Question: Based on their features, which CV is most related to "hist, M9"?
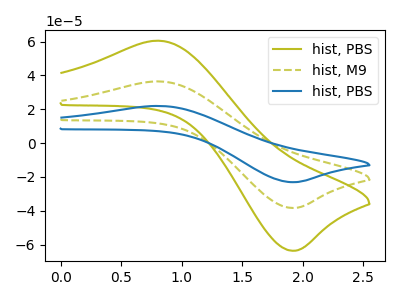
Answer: <think>The olive curve "hist, PBS" has an anodic peak at (0.80V, 60.50uA) and a cathodic peak at (1.90V, -63.55uA). The olive dashed curve "hist, M9" has an anodic peak at (0.80V, 36.45uA) and a cathodic peak at (1.90V, -38.30uA). The blue curve "hist, PBS" has an anodic peak at (0.80V, 72.90uA) and a cathodic peak at (1.90V, -76.60uA).
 All the peaks in "hist, PBS" have a peak in "hist, M9" at the same potential. Every peak in "hist, PBS" is higher than every peak in "hist, M9". All the peaks in "hist, PBS" have a peak in "hist, PBS" at the same potential. Every peak in "hist, PBS" is lower than every peak in "hist, PBS". All the peaks in "hist, M9" have a peak in "hist, PBS" at the same potential. Every peak in "hist, M9" is lower than every peak in "hist, PBS".</think>
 <answer>"hist, M9" and "hist, PBS" have a similar shape to "hist, PBS".</answer>
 <eval>"hist, M9" "hist, PBS"</eval>